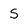
Character: s